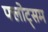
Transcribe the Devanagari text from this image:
फ्लोट्सम